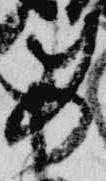
紙